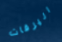
اليرقات